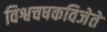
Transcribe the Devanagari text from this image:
विश्वचषकविजेते